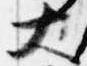
大